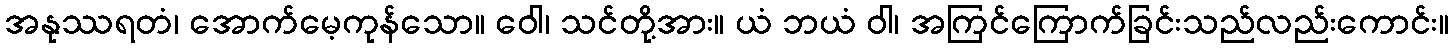
အနုဿရတံ၊ အောက်မေ့ကုန်သော။ ဝေါ၊ သင်တို့အား။ ယံ ဘယံ ဝါ၊ အကြင်ကြောက်ခြင်းသည်လည်းကောင်း။